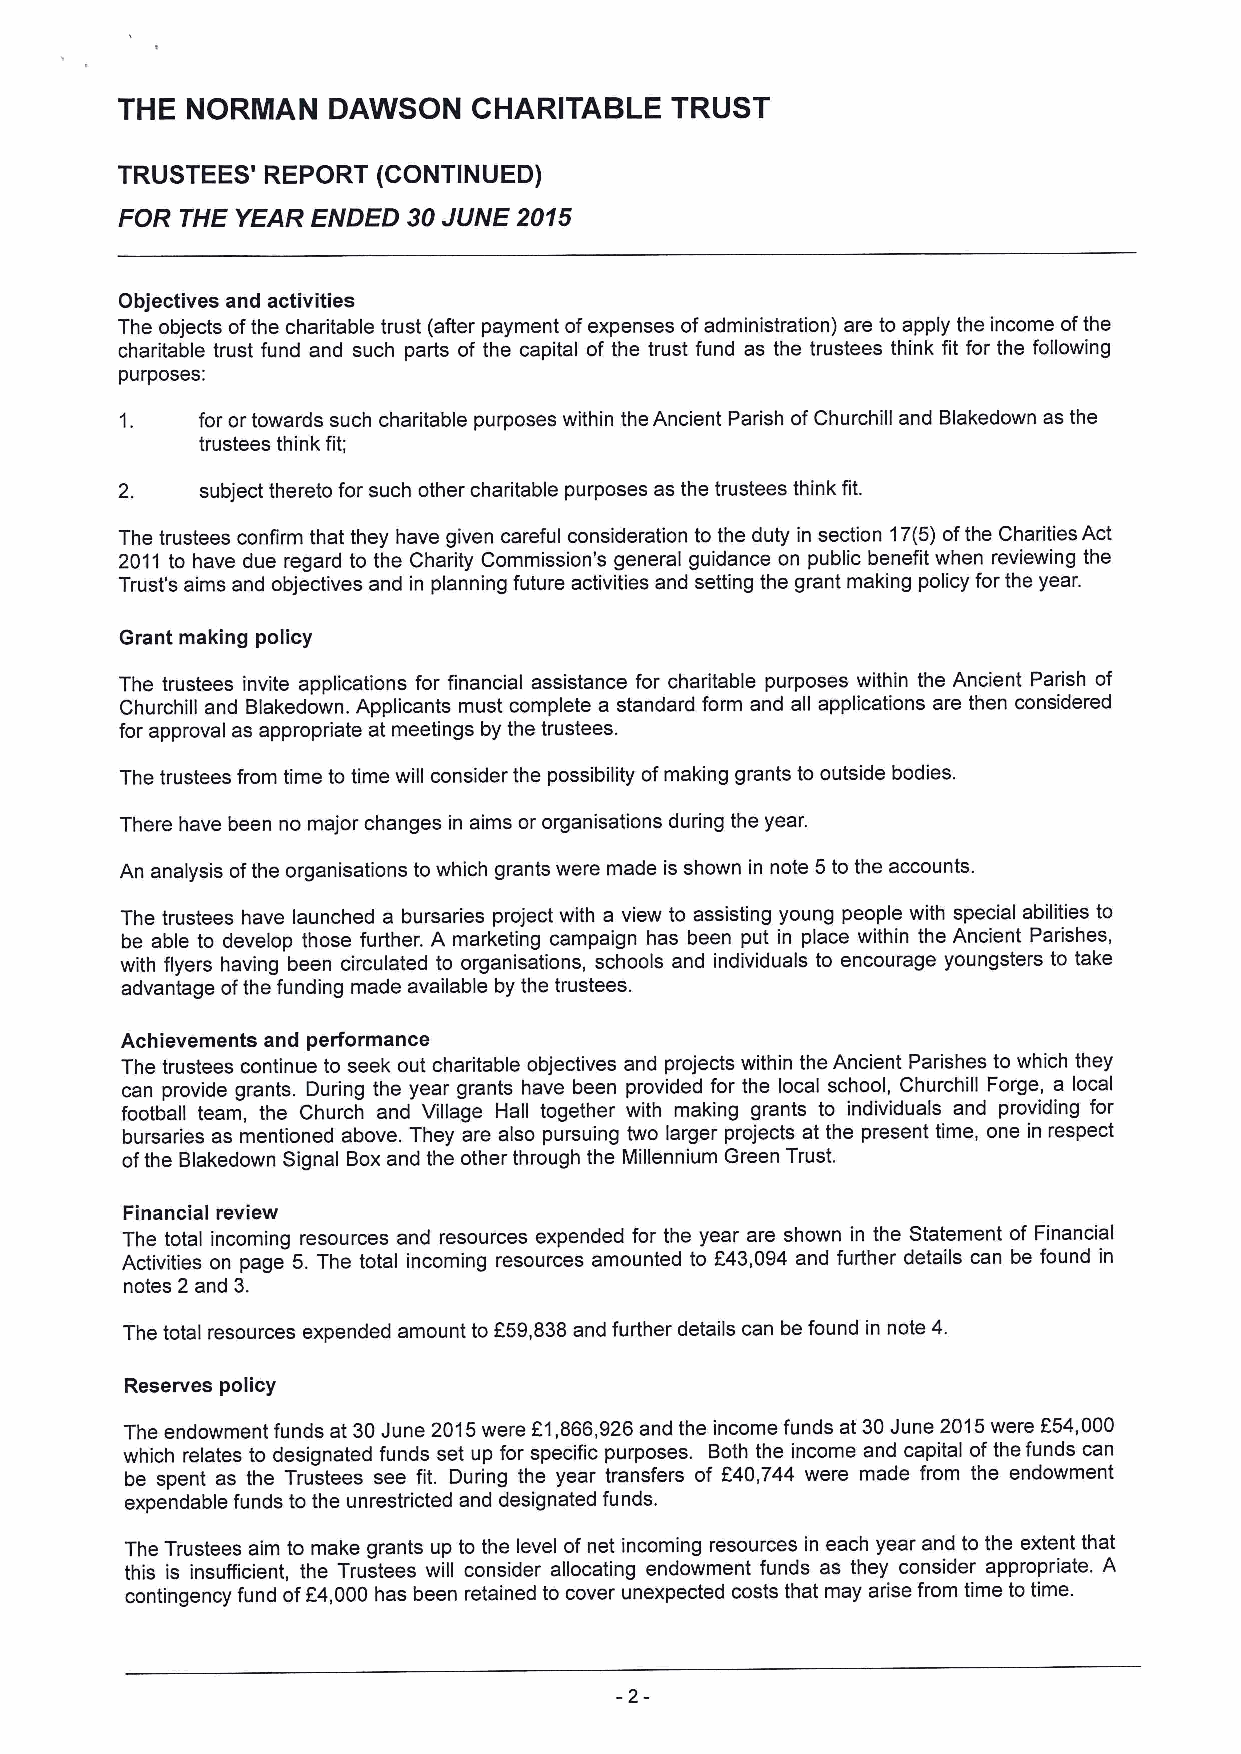
THE NORMAN    DAWSON   CHARITABLE   TRUST
 TRUSTEES' REPORT (CONTINUED)
 FOR THE YEAR ENDED 30JUNE 2015
 Objectives and activities
 The objects ofthe charitable trust (after payment ofexpenses ofadministration) are to apply the income ofthe
 charitable trust fund and such parts of the capital of the trust fund as the trustees think fit for the following
 purposes:
 1.   for or towards such charitable purposes within the Ancient Parish ofChurchill and Blakedown as the
 trustees think fit;
 2.   subject thereto for such other charitable purposes as the trustees think fit.
 The trustees confirm that they have given careful consideration to the duty in section 17(5)ofthe Charities Act
 2011 to have due regard to the Charity Commission's general guidance on public benefit when reviewing the
 Trust's aims and objectives and in planning future activities and setting the grant making policy for the year.
 Grant making policy
 The trustees invite applications for financial assistance for charitable purposes within the Ancient Parish of
 Churchill and Blakedown. Applicants must complete a standard form and all applications are then considered
 for approval as appropriate at meetings by the trustees.
 The trustees from time to time will consider the possibility ofmaking grants to outside bodies.
 There have been no major changes in aims or organisations during the year.
 An analysis ofthe organisations to which grants were made is shown in note 5to the accounts.
 The trustees have launched a bursaries project with a view to assisting young people with special abilities to
 be able to develop those further. A marketing campaign has been put in place within the Ancient Parishes,
 with flyers having been circulated to organisations, schools and individuals to encourage youngsters to take
 advantage ofthe funding made available by the trustees.
 Achievements and performance
 The trustees continue to seek out charitable objectives and projects within the Ancient Parishes to which they
 can provide grants. During the year grants have been provided for the local school, Churchill Forge, a local
 football team, the Church and Village Hall together with making grants to individuals and providing for
 bursaries as mentioned above. They are also pursuing two larger projects at the present time, one in respect
 ofthe Blakedown Signal Boxand the other through the Millennium Green Trust.
 Financial review
 The total incoming resources and resources expended for the year are shown in the Statement of Financial
 Activities on page 5.The total incoming resources amounted to E43,094 and further details can be found in
 notes 2 and 3.
 The total resources expended amount to 859,838and further details can be found in note 4.
 Reserves policy
 The endowment funds at 30June 2015were f1,866,926and the income funds at 30June 2015were f54,000
 which relates to designated funds set up for specific purposes. Both the income and capital ofthe funds can
 be spent as the Trustees see fit. During the year transfers of f40,744 were made from the endowment
 expendable funds to the unrestricted and designated funds.
 The Trustees aim to make grants up to the level of net incoming resources in each year and to the extent that
 this is insufficient, the Trustees will consider allocating endowment funds as they consider appropriate. A
 contingency fund ofE4,000 has been retained to cover unexpected costs that may arise from time to time.
 -2-